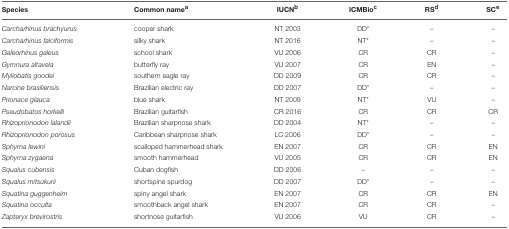
<table><thead><tr><td><b>Species</b></td><td><b>Common name<sup>a</sup></b></td><td><b>IUCN<sup>b</sup></b></td><td><b>ICMBio<sup>c</sup></b></td><td><b>RS<sup>d</sup></b></td><td><b>SC<sup>e</sup></b></td></tr></thead><tbody><tr><td><i>Carcharhinus brachyurus</i></td><td>cooper shark</td><td>NT 2003</td><td>DD<sup>*</sup></td><td>–</td><td>–</td></tr><tr><td><i>Carcharhinus falciformis</i></td><td>silky shark</td><td>NT 2016</td><td>NT<sup>*</sup></td><td>–</td><td>–</td></tr><tr><td><i>Galeorhinus galeus</i></td><td>school shark</td><td>VU 2006</td><td>CR</td><td>CR</td><td>–</td></tr><tr><td><i>Gymnura altavela</i></td><td>butterfly ray</td><td>VU 2007</td><td>CR</td><td>EN</td><td>–</td></tr><tr><td><i>Myliobatis goodei</i></td><td>southern eagle ray</td><td>DD 2009</td><td>CR</td><td>CR</td><td>–</td></tr><tr><td><i>Narcine brasiliensis</i></td><td>Brazilian electric ray</td><td>DD 2007</td><td>DD<sup>*</sup></td><td>–</td><td>–</td></tr><tr><td><i>Prionace glauca</i></td><td>blue shark</td><td>NT 2009</td><td>NT<sup>*</sup></td><td>VU</td><td>–</td></tr><tr><td><i>Pseudobatos horkelli</i></td><td>Brazilian guitarfish</td><td>CR 2016</td><td>CR</td><td>CR</td><td>CR</td></tr><tr><td><i>Rhizoprionodon lalandii</i></td><td>Brazilian sharpnose shark</td><td>DD 2004</td><td>NT<sup>*</sup></td><td>–</td><td>–</td></tr><tr><td><i>Rhizoprionodon porosus</i></td><td>Caribbean sharpnose shark</td><td>LC 2006</td><td>DD<sup>*</sup></td><td>–</td><td>–</td></tr><tr><td><i>Sphyrna lewini</i></td><td>scalloped hammerhead shark</td><td>EN 2007</td><td>CR</td><td>CR</td><td>EN</td></tr><tr><td><i>Sphyrna zygaena</i></td><td>smooth hammerhead</td><td>VU 2005</td><td>CR</td><td>CR</td><td>EN</td></tr><tr><td><i>Squalus cubensis</i></td><td>Cuban dogfish</td><td>DD 2006</td><td>–</td><td>–</td><td>–</td></tr><tr><td><i>Squalus mitsukurii</i></td><td>shortspine spurdog</td><td>DD 2007</td><td>DD<sup>*</sup></td><td>–</td><td>–</td></tr><tr><td><i>Squatina guggenheim</i></td><td>spiny angel shark</td><td>EN 2007</td><td>CR</td><td>CR</td><td>EN</td></tr><tr><td><i>Squatina occulta</i></td><td>smoothback angel shark</td><td>EN 2007</td><td>CR</td><td>CR</td><td>–</td></tr><tr><td><i>Zapteryx brevirostris</i></td><td>shortnose guitarfish</td><td>VU 2006</td><td>VU</td><td>CR</td><td>–</td></tr></tbody></table>